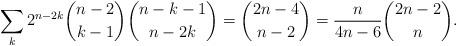
LaTeX: \begin{align*}\sum_k2^{n-2k}{n-2\choose k-1}{n-k-1\choose n-2k}={2n-4\choose n-2}=\frac{n}{4n-6}{2n-2\choose n}.\end{align*}